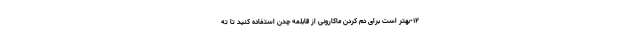
۱۲-بهتر است برای دم کردن ماکارونی از قابلمه چدن استفاده کنید تا ته